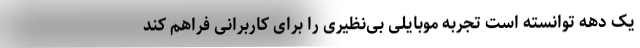
یک دهه توانسته است تجربه موبایلی بی‌نظیری را برای کاربرانی فراهم کند